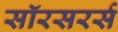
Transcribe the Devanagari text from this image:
सॉरसरर्स